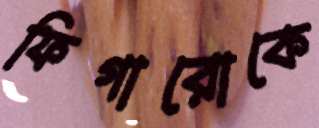
ফিগারোকে